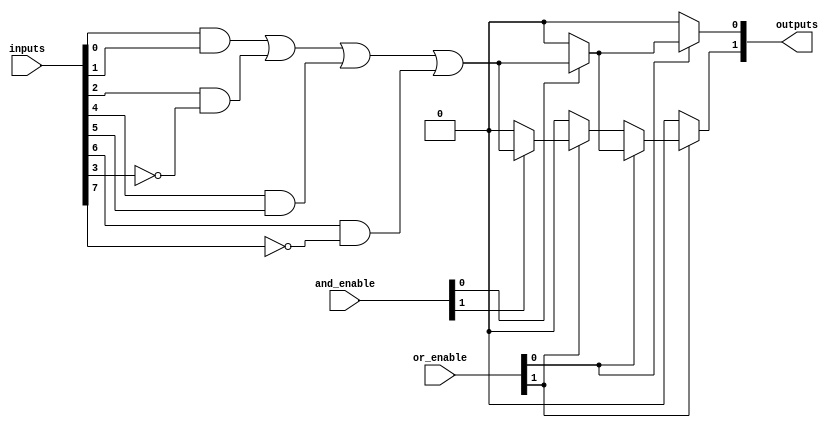
module SPAL #(parameter NUM_INPUTS = 8, 
              parameter NUM_AND_GATES = 4, 
              parameter NUM_OR_GATES = 2,
              parameter NUM_PRODUCT_TERMS = 4) (
    input wire [NUM_INPUTS-1:0] inputs,         // Input signals
    input wire [NUM_AND_GATES-1:0] and_enable,  // Control signals to enable AND gates
    input wire [NUM_OR_GATES-1:0] or_enable,    // Control signals to enable OR gates
    output wire [NUM_OR_GATES-1:0] outputs       // Output signals
);

// Programmable AND array
wire [NUM_PRODUCT_TERMS-1:0] and_outputs [NUM_AND_GATES-1:0]; // AND gate outputs

genvar i, j;
generate
    for (i = 0; i < NUM_AND_GATES; i = i + 1) begin : and_array
        assign and_outputs[i] = (and_enable[i]) ? (
            (inputs[0] & inputs[1]) | // Example connection
            (inputs[2] & ~inputs[3]) | // Example connection
            (inputs[4] & inputs[5]) | // Example connection
            (inputs[6] & ~inputs[7])    // Example connection
        ) : 0; // Disable AND gate output if not enabled
    end
endgenerate

// Programmable OR array
wire [NUM_OR_GATES-1:0] or_outputs; // OR gate outputs

generate
    for (j = 0; j < NUM_OR_GATES; j = j + 1) begin : or_array
        assign or_outputs[j] = (or_enable[j]) ? (
            or_enable[0] ? and_outputs[0] : 0 |
            or_enable[1] ? and_outputs[1] : 0 |
            or_enable[2] ? and_outputs[2] : 0 |
            or_enable[3] ? and_outputs[3] : 0
        ) : 0; // Disable OR gate output if not enabled
    end
endgenerate

// Final outputs
assign outputs = or_outputs;

endmodule